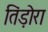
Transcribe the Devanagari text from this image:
तिंड़ोरा